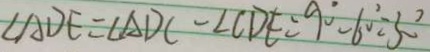
\angle A D E = \angle A D C - \angle C D E = 9 0 ^ { \circ } - 6 0 ^ { \circ } - 3 0 ^ { \circ }